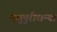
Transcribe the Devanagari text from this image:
मधुपुरीधन्या